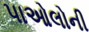
પાઓલોની